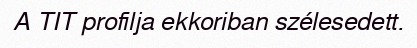
A TIT profilja ekkoriban szélesedett.